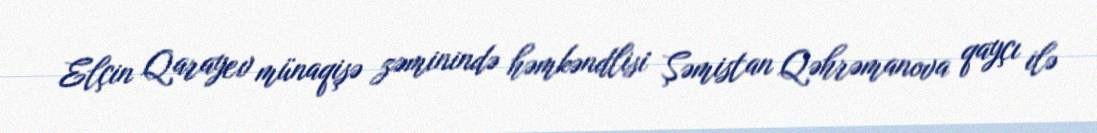
Elçin Qarayev münaqişə zəminində həmkəndlisi Şəmistan Qəhrəmanova qayçı ilə